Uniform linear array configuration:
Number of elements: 48
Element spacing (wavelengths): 1
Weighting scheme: hamming
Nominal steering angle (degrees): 30
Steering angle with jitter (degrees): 30.171
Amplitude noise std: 0.05
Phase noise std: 0.05

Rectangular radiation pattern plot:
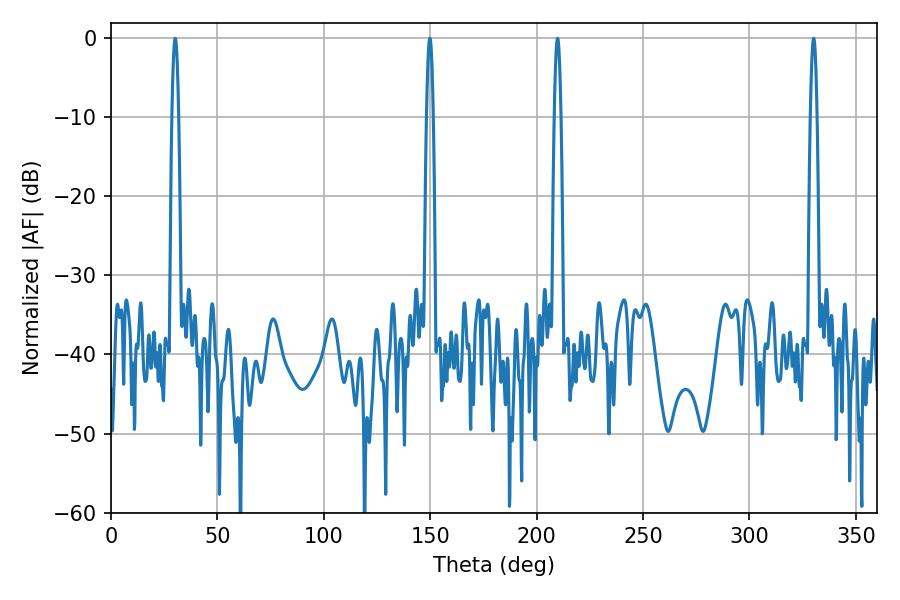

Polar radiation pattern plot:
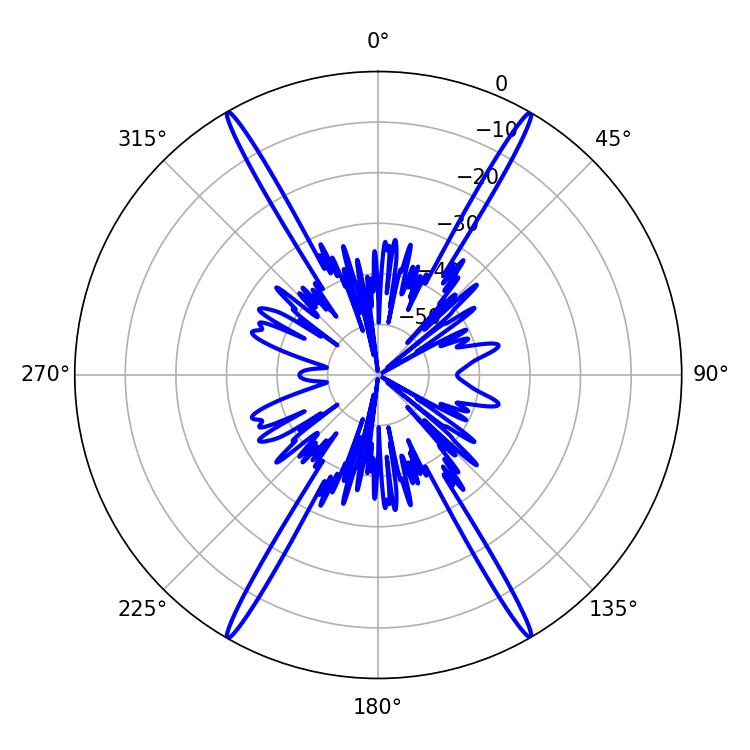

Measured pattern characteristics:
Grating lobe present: TRUE
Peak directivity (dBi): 37.132
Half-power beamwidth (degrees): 1.62
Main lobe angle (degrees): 330.12